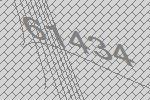
61434